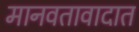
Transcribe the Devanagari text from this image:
मानवतावादात